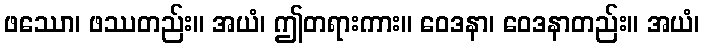
ဖဿော၊ ဖဿတည်း။ အယံ၊ ဤတရားကား။ ဝေဒနာ၊ ဝေဒနာတည်း။ အယံ၊